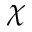
\chi